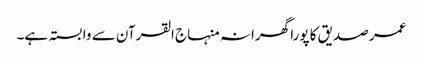
عمر صدیق کا پورا گھرانہ منہاج القرآن سے وابستہ ہے۔